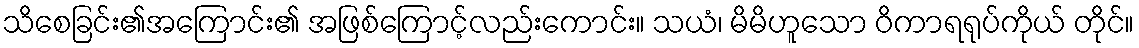
သိစေခြင်း၏အကြောင်း၏ အဖြစ်ကြောင့်လည်းကောင်း။ သယံ၊ မိမိဟူသော ဝိကာရရုပ်ကိုယ် တိုင်။